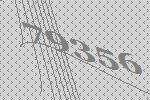
79356